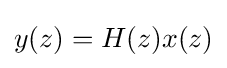
y(z)=H(z)x(z)